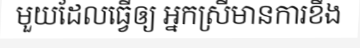
មួយដែលធ្វើឲ្យ អ្នកស្រីមានការខឹង